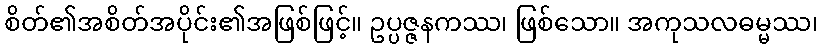
စိတ်၏အစိတ်အပိုင်း၏အဖြစ်ဖြင့်။ ဥပ္ပဇ္ဇနကဿ၊ ဖြစ်သော။ အကုသလဓမ္မဿ၊